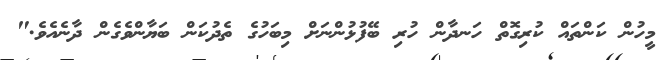
މީހުން ކަންތައް ކުރިގޮތް ހަނދާން ހުރި ބޭފުޅުންނަށް މިބަހުގެ ތެދުކަން ބަޔާންވެގެން ދާނެއެވެ."